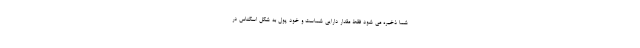
شما ذخیره می شود فقط مقدار دارایی شماست و خود پول به شکل اسکناس در